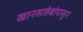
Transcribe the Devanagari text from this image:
खानसाहेबांपासून